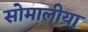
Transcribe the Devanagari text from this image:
सोमालीया